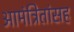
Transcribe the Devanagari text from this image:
आमंत्रितांसह